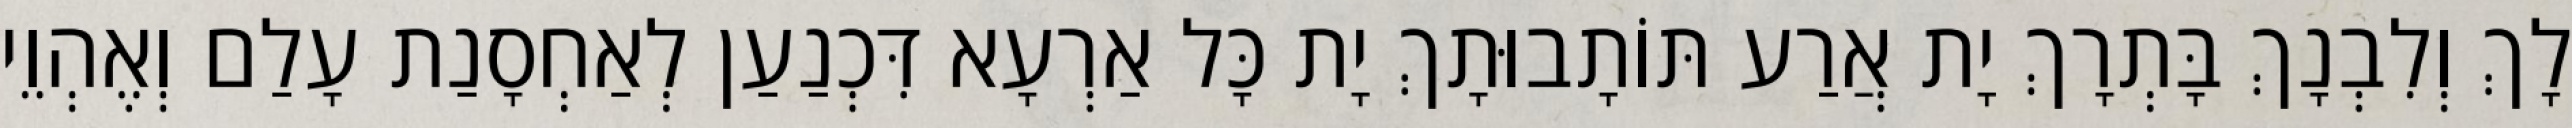
לָךְ וְלִבְנָךְ בָּתְרָךְ יָת אֲרַע תּוֹתָבוּתָךְ יָת כָּל אַרְעָא דִּכְנַעַן לְאַחְסָנַת עָלַם וְאֶהְוֵי